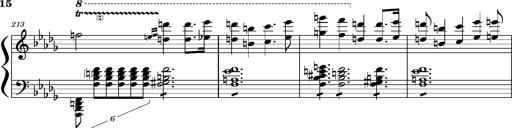
Title: Concerto sans orchestre, S.524a
Composer: Franz Liszt
Key: A major